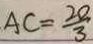
A C = \frac { 2 0 } { 3 }